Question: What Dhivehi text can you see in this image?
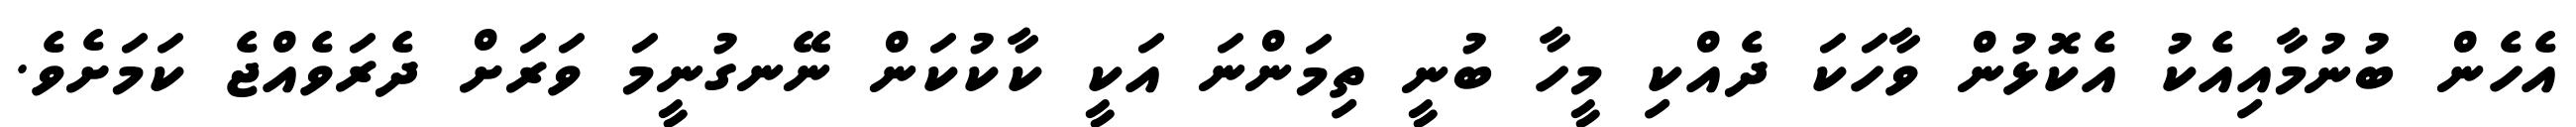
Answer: އެހެން ބުނުމާއިއެކު އެކޮޅުން ވާހަކަ ދެއްކި މީހާ ބުނީ ތިމަންނަ އަކީ ކާކުކަން ނޭނގުނީމަ ވަރަށް ދެރަވެއްޖެ ކަމަށެވެ.